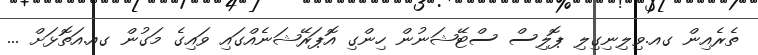
ތެރެއިން ގއ.ވިލިނިގިލި ޕޮލިސް ސްޓޭޝަނުން ހިންގި އޮޕަރޭޝަނެއްގައި ވައިގެ މަގުން ގއ.އަތޮޅަށް ...